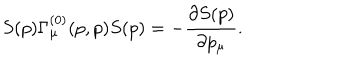
LaTeX: S ( p ) \Gamma _ { \mu } ^ { ( 0 ) } ( p , p ) S ( p ) = - \frac { \partial S ( p ) } { \partial p _ { \mu } } .